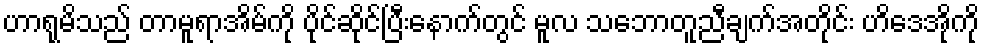
ဟာရုမိသည် တာမူရာအိမ်ကို ပိုင်ဆိုင်ပြီးနောက်တွင် မူလ သဘောတူညီချက်အတိုင်း ဟိဒေအိုကို